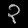
Digit: ၃